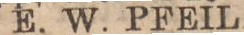
E. W. PFEIL.